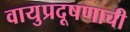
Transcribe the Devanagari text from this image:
वायुप्रदूषणाची